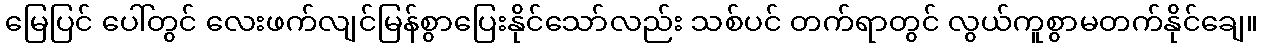
မြေပြင် ပေါ်တွင် လေးဖက်လျင်မြန်စွာပြေးနိုင်သော်လည်း သစ်ပင် တက်ရာတွင် လွယ်ကူစွာမတက်နိုင်ချေ။